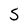
Character: S